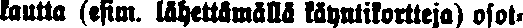
kautta (esim. lähettämällä käyntikortteja) osot-